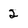
Character: 2